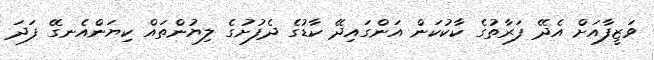
ވަޒީފާއަށް އެދޭ ފަރާތުގެ ކާކުކަން އަންގައިދޭ ކާޑުގެ ދެފުށުގެ ލިޔުންތައް ކިޔަންއެނގޭ ފަދަ